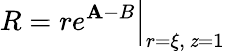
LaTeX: R=re^{\mathbf{A}-B}\Big|_{r=\xi,\, \mathit{z}=1}